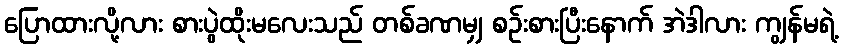
ပြောထားလို့လား စားပွဲထိုးမလေးသည် တစ်ခဏမျှ စဉ်းစားပြီးနောက် အဲဒါလား ကျွန်မရဲ့